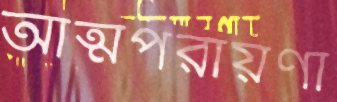
আত্মপরায়ণা